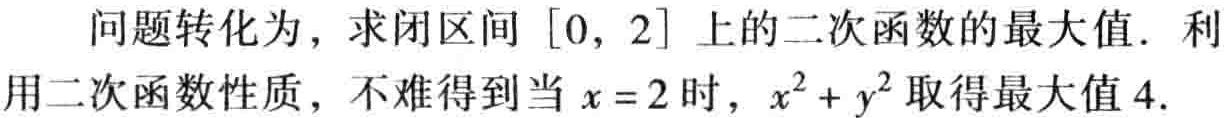
问题转化为，求闭区间 \([0, 2]\) 上的二次函数的最大值．利用二次函数性质，不难得到当 \(x = 2\) 时，\(x^{2}+y^{2}\) 取得最大值 \(4\).